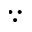
\because